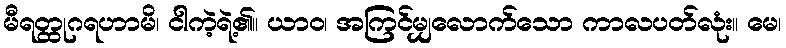
မီရတ္ထုဂရဟာမိ၊ ငါကဲ့ရဲ့၏။ ယာဝ၊ အကြင်မျှလောက်သော ကာလပတ်လုံး။ မေ၊